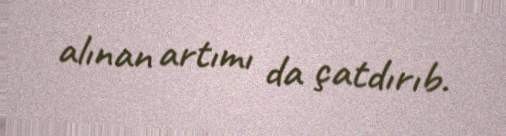
alınan artımı da çatdırıb.